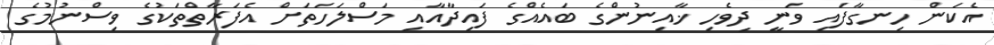
އެކަން ހިނގާފައި ވަނީ ދިވެހި ޚާއިނުންގެ ބައެއްގެ ފައިދާއާއި މަސްލަހަތަށް އެފަރާތްތަކުގެ ވިސްނުމުގެ